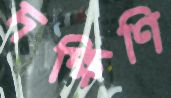
দক্ষিণি